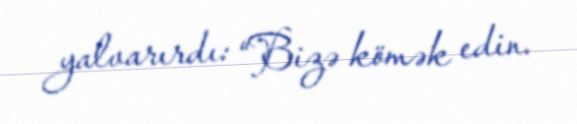
yalvarırdı: “Bizə kömək edin.